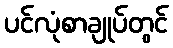
ပင်လုံစာချုပ်တွင်